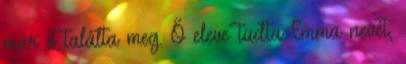
már ő találta meg. Ő eleve tudta Emma nevét,